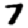
Digit: 7